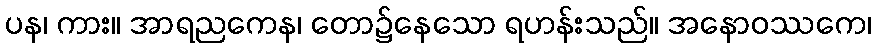
ပန၊ ကား။ အာရညကေန၊ တော၌နေသော ရဟန်းသည်။ အနောဝဿကေ၊